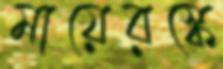
মায়েরস্কে